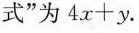
式”为$$4 x + y $$。